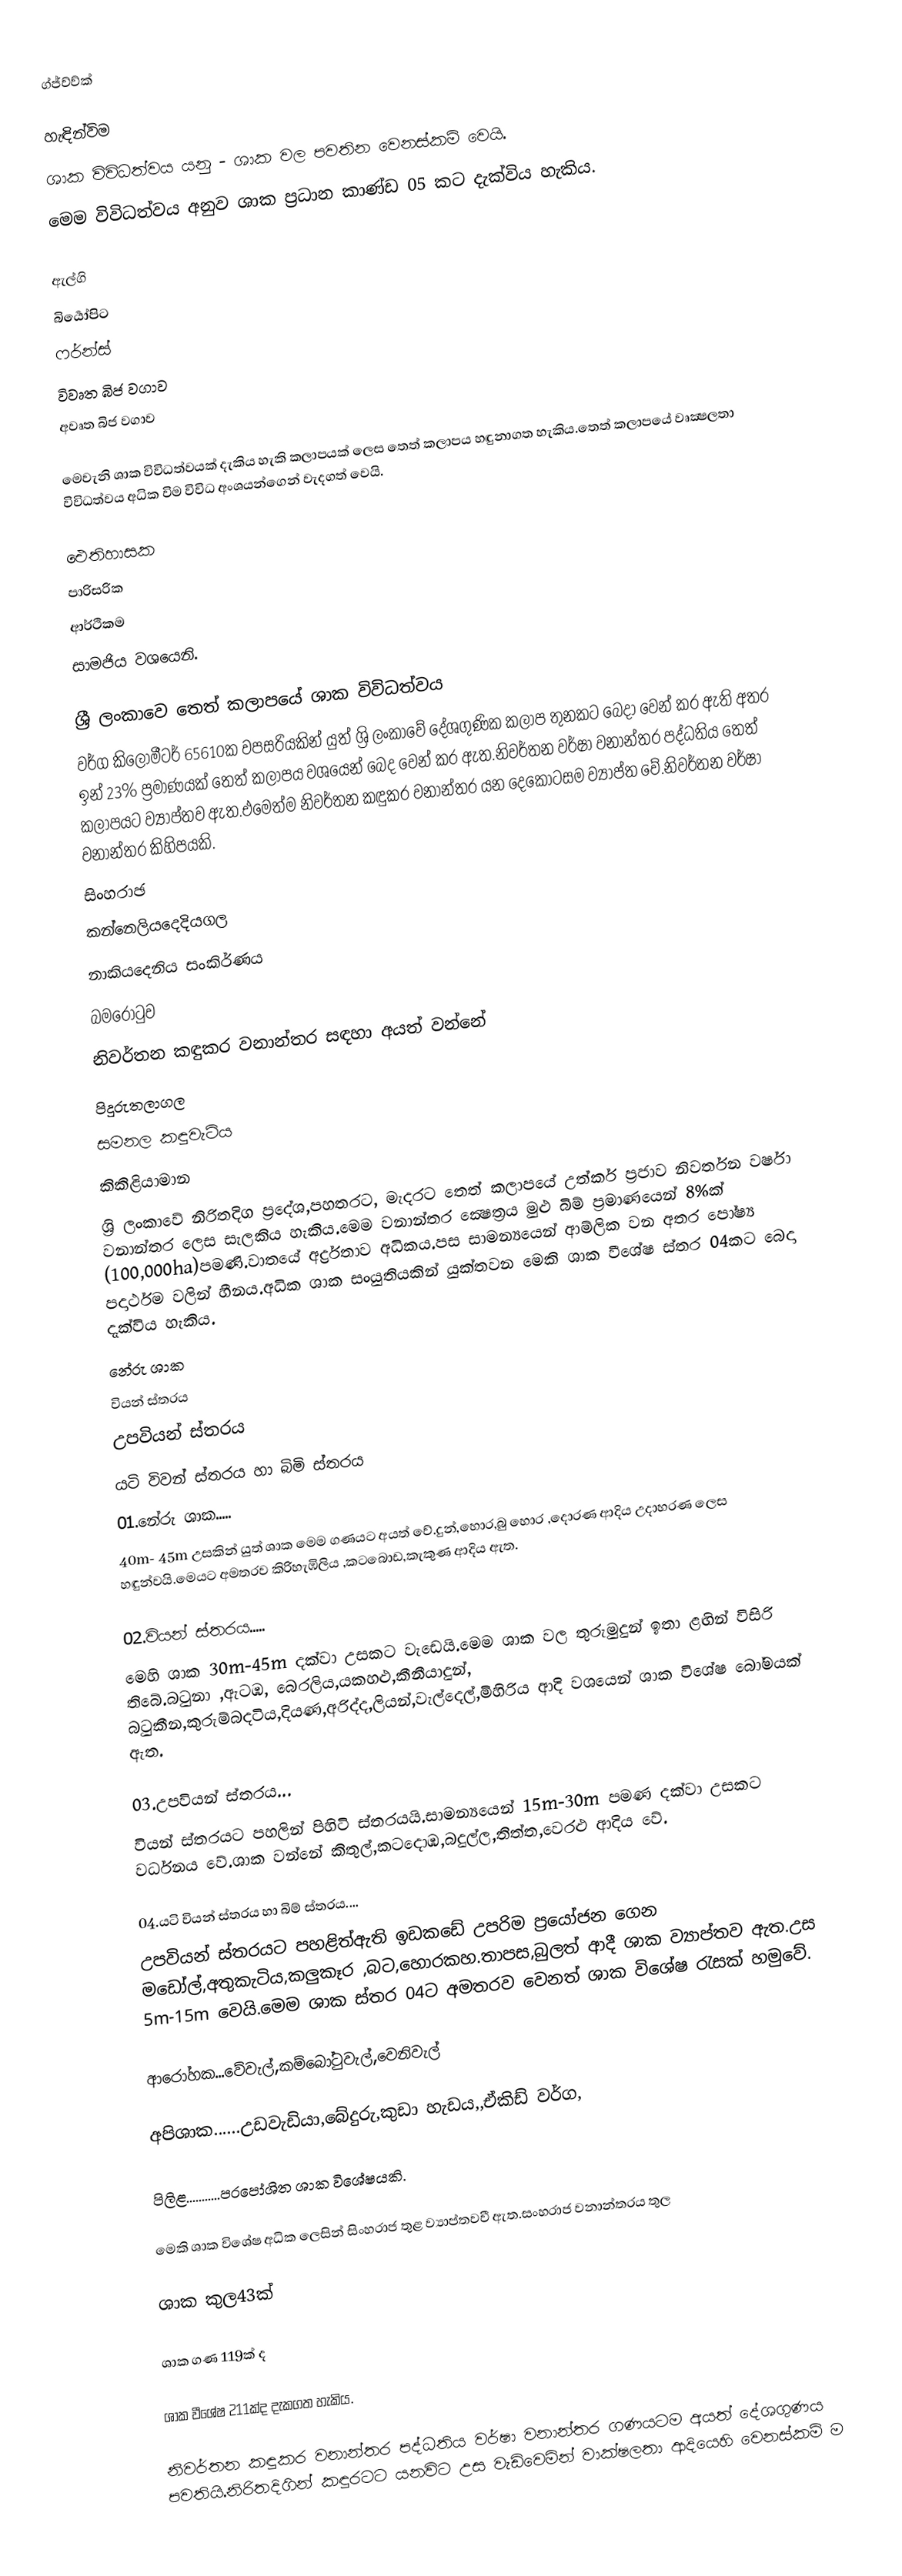
ග්ජ්ව්ව්ක්

හැඳින්විම
ශාක විවිධත්වය  යනු - ශාක වල පවතින වෙනස්කම්  වෙයි.
මෙම විවිධත්වය  අනුව  ශාක ප්‍රධාන කාණ්ඩ 05 කට  දැක්විය හැකිය.

 ඇල්ගි
 බිර්‍යෝපිට
 ෆර්න්ස්
 විවෘත බිජ වගාව
 අවෘත බිජ වගාව

මෙවැනි ශාක විවිධත්වයක් දැකිය හැකි කලාපයක්  ලෙස තෙත් කලාපය හඳුනාගත හැකිය.තෙත් කලාපයේ වෘක්‍ෂලතා විවිධත්වය අධික විම විවිධ අංශයන්ගෙන් වැදගත් ‍වෙයි.

 ඓතිහාසක
 පාරිසරික
 ආර්ථිකම
 සාමජිය වශයෙනි.

ශ්‍රී ලංකා‍වෙ   තෙත් කලාපයේ ශාක විවිධත්වය
වර්ග කිලෝමීටර් 65610ක වපසරියකින් යුත් ශ්‍රි ලංකාවේ දේශගුණික කලාප තුනකට බෙදා වෙන් කර ඇති අතර ඉන් 23% ප්‍රමාණයක් තෙත් කලාපය වශයෙන් බෙද වෙන් කර ඇත.නිවර්තන වර්ෂා වනාන්තර පද්ධතිය තෙත් කලාපයට ව්‍යාප්තව ඇත.එමෙත්ම නිවර්තන කඳුකර වනාන්තර යන දෙකොටසම ව්‍යාප්ත වේ.නිවර්තන වර්ෂා වනාන්තර කිහිපයකි.
සිංහරාඡ
කන්නෙලියදෙදියගල
නාකියදෙනිය  සංකිර්ණය
බමරෝටුව
නිවර්තන කඳුකර වනාන්තර සඳහා  අයත් වන්නේ
පිදුරුතලාගල
සමනල කඳුවැටිය
කිකිළියාමාන
ශ්‍රි ලංකාවේ නිරිතදිග ප්‍රදේශ,පහතරට,  මැදරට තෙත් කලාපයේ උත්කර් ප්‍රජාව නිවර්තන වර්ෂා වනාන්තර ලෙස සැලකිය හැකිය.මෙම වනාන්තර ක්‍ෂෙත්‍රය මුළු බිම් ප්‍රමාණයෙන් 8%ක් (100,000ha)පමණි.වාතයේ අර්ද්‍රතාව අධිකය.පස සාමන්‍යයෙන් ආම්ලික වන අතර පෝෂ්‍ය පදාර්ථම වලින් හීනය.අධික ශාක සංයුතියකින් යුක්තවන මෙකි ශාක වීශේෂ ස්තර 04කට බෙදා දැක්විය හැකිය.
නේරු ශාක
වියන් ස්තරය
උපවියන් ස්තරය
යටි විවන් ස්තරය හා බිමි ස්තරය
01.නේරු ශාක.....
	40m- 45m උසකින් යුත් ශාක මෙම ගණයට අයත් වේ.දුන්,හොර,බු හොර ,දොරණ 	ආදිය උදාහරණ ලෙස හඳුන්වයි.මෙයට අමතරව කිරිහැඹිලිය ,කටබොඩ,කැකුණ ආදිය ඇත.

02.වියන් ස්තරය.....
	මෙහි ශාක 30m-45m දක්වා උසකට වැඩෙයි.මෙම ශාක වල තුරුමුදුන් ඉතා ළඟින් විසිරි තිබේ.බටුනා ,ඇටඹ, බෙරලිය,යකහළු,කීනීයාදුන්, බටුකීන,කුරුම්බදටිය,දියණ,අරිද්ද,ලියන්,වැල්දෙල්,මිහිරිය ආදි වශයෙන් ශාක විශේෂ බෝමයක් ඇත.

03.උපවියන් ස්තරය...
	වියන් ස්තරයට පහලින් පිහිටි ස්තරයයි.සාමන්‍යයෙන් 15m-30m පමණ දක්වා උසකට වර්ධනය වේ.ශාක වන්නේ කිතුල්,කටදොඹ,බදුල්ල,තිත්ත,වෙරළු ආදිය වේ.

04.යටි වියන් ස්තරය හා බිම් ස්තරය....
	උපවියන් ස්තරයට පහළිත්ඇති ඉඩකඩේ උපරිම ප්‍රයෝජන ගෙන මඩෝල්,අතුකැටිය,කලුකෑර ,බට,‍හොරකහ.තාපස,බුලත් ආදී ශාක ව්‍යාප්තව ඇත.උස 5m-15m වෙයි.මෙම ශාක ස්තර 04ට අමතරව වෙනත් ශාක විශේෂ රැසක් හමුවේ.

ආරෝහක...වේවැල්,කම්බෝටුවැල්,වෙනිවැල්

අපිශාක......උඩවැඩියා,බේදුරු,කුඩා හැඩය,,ඒකිඩ් වර්ග,

පිලිළ...........පරපෝශිත ශාක විශේෂයකි.

	මෙකි ශාක විශේෂ අධික ලෙසින් සිංහරාජ තුළ ව්‍යාප්තවවී ඇත.සංහරාජ වනාන්තරය තුල

ශාක කුල43ක්

ශාක ගණ 119ක් ද

ශාක වීශේෂ 211ක්ද දැකගත හැකිය.

	නිවර්තන කඳුකර වනාන්තර පද්ධතිය වර්ෂා වනාන්තර ගණයටම අයත් දේශගුණය පවතියි.නිරිතදිගින් කඳුරටට යනවිට උස  වැඩිවෙමින් වාක්ෂලතා ආදියෙහි වෙනස්කම් ම